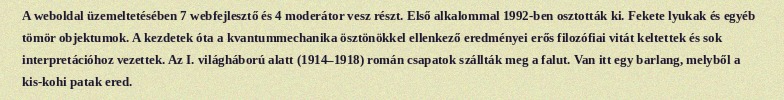
A weboldal üzemeltetésében 7 webfejlesztő és 4 moderátor vesz részt. Első alkalommal 1992-ben osztották ki. Fekete lyukak és egyéb tömör objektumok. A kezdetek óta a kvantummechanika ösztönökkel ellenkező eredményei erős filozófiai vitát keltettek és sok interpretációhoz vezettek. Az I. világháború alatt (1914–1918) román csapatok szállták meg a falut. Van itt egy barlang, melyből a kis-kohi patak ered.